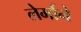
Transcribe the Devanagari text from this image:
लेर्माने